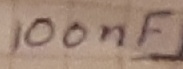
Text: 100nF